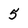
Character: 5